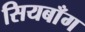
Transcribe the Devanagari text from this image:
सियबाँग